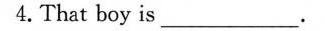
4. That boy is ___.